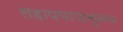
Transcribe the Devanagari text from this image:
लहापणापासूनच